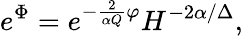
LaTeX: e^{\Phi}=e^{-\frac{2}{\alpha Q}\varphi}H^{-2\alpha/\Delta},